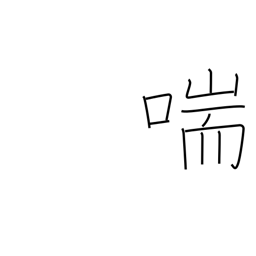
Meaning: gasp